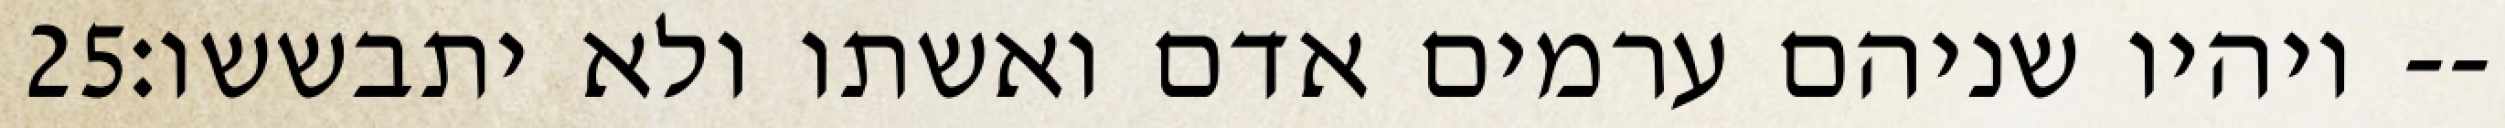
‎25‏ ויהיו שניהם ערמים אדם ואשתו ולא יתבששו׃--